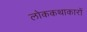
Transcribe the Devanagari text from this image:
लोककथाकारों